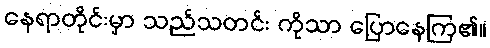
နေရာတိုင်းမှာ သည်သတင်း ကိုသာ ပြောနေကြ၏။